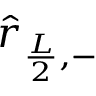
\hat { r } _ { \frac { L } { 2 } , - }